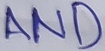
Text: AND